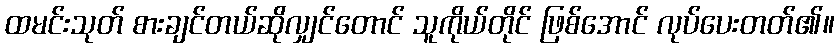
ထမင်းသုတ် စားချင်တယ်ဆိုလျှင်တောင် သူကိုယ်တိုင် ဖြစ်အောင် လုပ်ပေးတတ်၏။